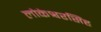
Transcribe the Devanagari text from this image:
लोकेश्वरसिंह